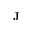
\mathbf { J }